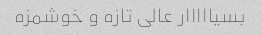
بسیااااار عالی تازه و خوشمزه